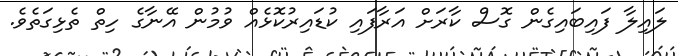
ލައިލާ ފައިބައިގެން ގޮސް ކާރަށް އަރާފައި ކުޑައިރުކޮޅެއް ވުމުން އޭނާގެ ހިތް ތެޅިގަތެވެ.